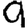
Digit: 9